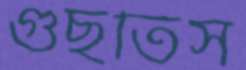
গুছতিস